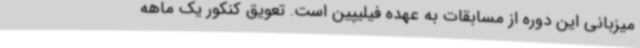
میزبانی این دوره از مسابقات به عهده فیلیپین است. تعویق کنکور یک ماهه